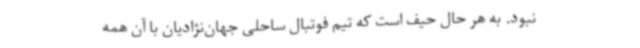
نبود. به هر حال حیف است که تیم فوتبال ساحلی جهان‌نژادیان با آن همه